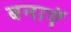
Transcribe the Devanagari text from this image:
बनाऍ